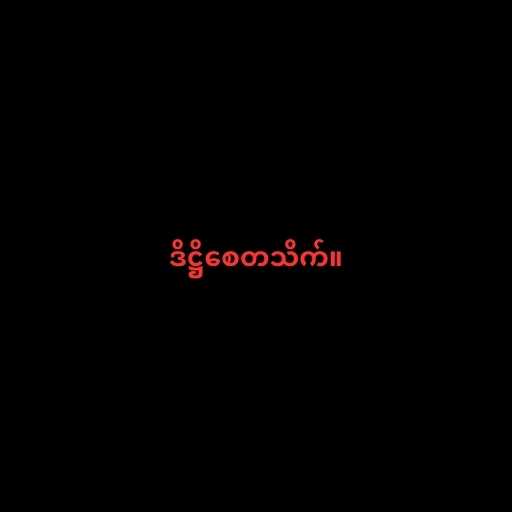
ဒိဋ္ဌိစေတသိက်။